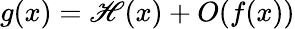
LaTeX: g(x)=\mathscr{H}(x)+O(f(x))